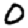
Digit: 0